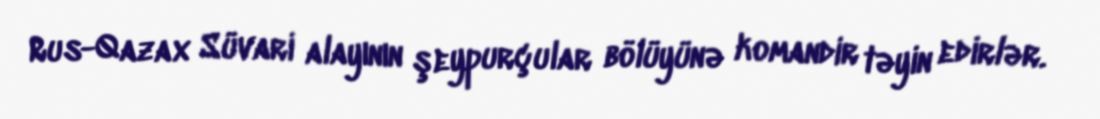
Rus-Qazax Süvari alayının şeypurçular bölüyünə komandir təyin edirlər.